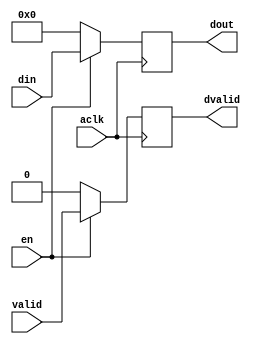
`timescale 1ns / 1ps

module delay_fifo #(
    parameter   DELAY_CYCLES    =   1,
    parameter   BITWIDTH        =   32
)(
    input   aclk,
    input   en,
    input   [BITWIDTH - 1 : 0]    din,
    input   valid,
    output  [BITWIDTH - 1 : 0]    dout,
    output  dvalid
);

    reg     [DELAY_CYCLES * BITWIDTH - 1 : 0]     fifo;
    reg     [DELAY_CYCLES - 1 : 0]                valid_fifo;

    assign  dout = { fifo };
    assign  dvalid = valid_fifo[0];

    always @(posedge aclk)
        if ( en )
            if ( DELAY_CYCLES > 1 )
                fifo <= { din, fifo[DELAY_CYCLES * BITWIDTH - 1:BITWIDTH] };
            else
                fifo <= din;
        else
            fifo <= 'd0;

    always @(posedge aclk)
        if ( en )
            if ( DELAY_CYCLES > 1 )
                valid_fifo <= { valid, valid_fifo[DELAY_CYCLES - 1:1] };
            else
                valid_fifo <= valid;
         else
            valid_fifo <= 'd0;
endmodule